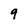
Character: 9